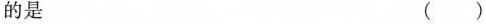
的是 ()